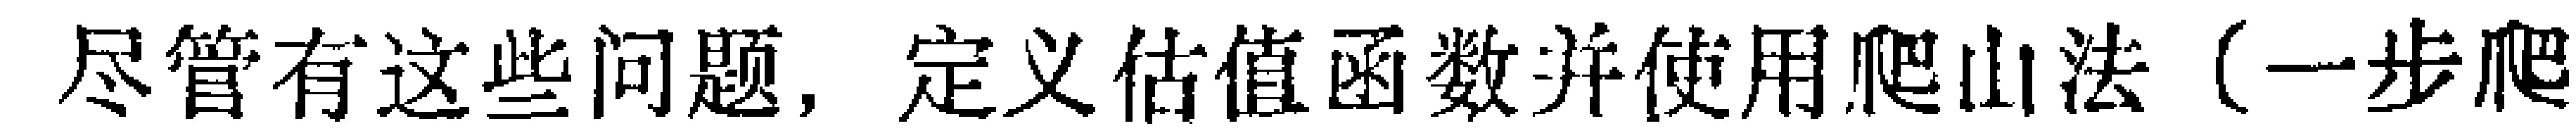
尽管有这些问题，定义估值函数并使用爬山法（一步爬